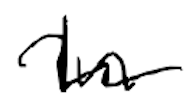
Text: In
Cross-out: wave
Writing tool: digital_black